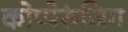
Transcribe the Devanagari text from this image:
कोप्पेरुंजिग